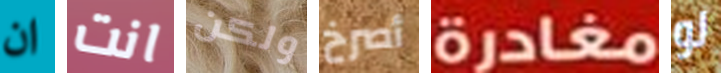
ان انت ولكن أصرخ مغادرة لو